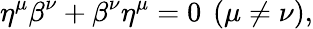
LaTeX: \eta^{\mu}\beta^{\nu}+\beta^{\nu}\eta^{\mu}=0\ \left(\mu\neq\nu\right),